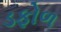
ડફોળ